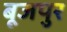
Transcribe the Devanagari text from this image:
बूजपुर